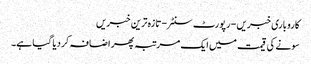
کاروباری خبریں - رپورٹ سنٹر - تازہ ترین خبریں
سونے کی قیمت میں ایک مرتبہ پھر اضافہ کر دیا گیا ہے۔